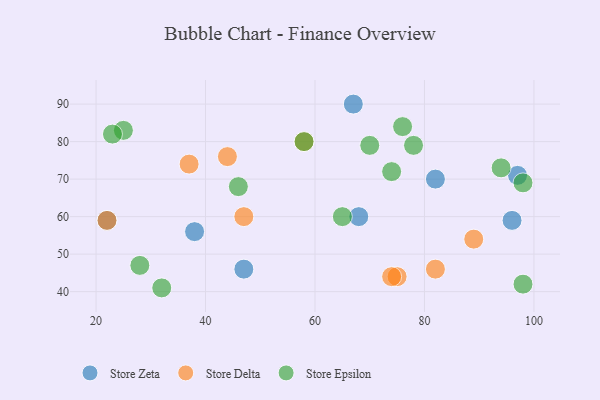
{"axis": {"x": "GDP", "y": "Life Expectancy"}, "legend": ["Store Delta", "Store Epsilon", "Store Zeta"], "data": [{"x": "67", "y": 90, "type": "Store Zeta"}, {"x": "22", "y": 59, "type": "Store Zeta"}, {"x": "82", "y": 70, "type": "Store Zeta"}, {"x": "97", "y": 71, "type": "Store Zeta"}, {"x": "38", "y": 56, "type": "Store Zeta"}, {"x": "96", "y": 59, "type": "Store Zeta"}, {"x": "68", "y": 60, "type": "Store Zeta"}, {"x": "47", "y": 46, "type": "Store Zeta"}, {"x": "22", "y": 59, "type": "Store Delta"}, {"x": "75", "y": 44, "type": "Store Delta"}, {"x": "82", "y": 46, "type": "Store Delta"}, {"x": "37", "y": 74, "type": "Store Delta"}, {"x": "47", "y": 60, "type": "Store Delta"}, {"x": "44", "y": 76, "type": "Store Delta"}, {"x": "58", "y": 80, "type": "Store Delta"}, {"x": "89", "y": 54, "type": "Store Delta"}, {"x": "74", "y": 44, "type": "Store Delta"}, {"x": "74", "y": 72, "type": "Store Epsilon"}, {"x": "65", "y": 60, "type": "Store Epsilon"}, {"x": "70", "y": 79, "type": "Store Epsilon"}, {"x": "58", "y": 80, "type": "Store Epsilon"}, {"x": "94", "y": 73, "type": "Store Epsilon"}, {"x": "25", "y": 83, "type": "Store Epsilon"}, {"x": "78", "y": 79, "type": "Store Epsilon"}, {"x": "32", "y": 41, "type": "Store Epsilon"}, {"x": "46", "y": 68, "type": "Store Epsilon"}, {"x": "23", "y": 82, "type": "Store Epsilon"}, {"x": "98", "y": 42, "type": "Store Epsilon"}, {"x": "28", "y": 47, "type": "Store Epsilon"}, {"x": "98", "y": 69, "type": "Store Epsilon"}, {"x": "76", "y": 84, "type": "Store Epsilon"}]}